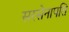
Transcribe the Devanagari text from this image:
सरसेनापति